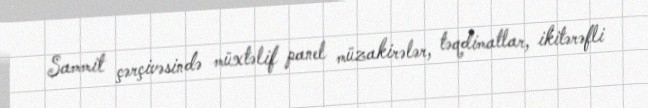
Sammit çərçivəsində müxtəlif panel müzakirələr, təqdimatlar, ikitərəfli